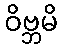
ဝိဗ္ဘမိ